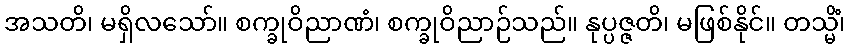
အသတိ၊ မရှိလသော်။ စက္ခုဝိညာဏံ၊ စက္ခုဝိညာဉ်သည်။ နုပ္ပဇ္ဇတိ၊ မဖြစ်နိုင်။ တသ္မိံ၊